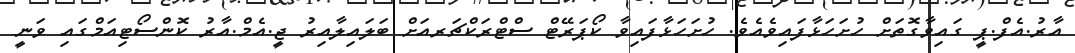
އާރު.އެފް.ޕީ ގައިވާގޮތަށް ހުށަހަޅާފައިވެއެވެ. ހުށަހަޅާފައިވާ ކޯޕަރޭޓް ސްޓްރަކްޗަރއަށް ބަލައިލާއިރު ޖީ.އެމް.އާރު ކޮންސޯޓިއަމްގައި ވަނީ